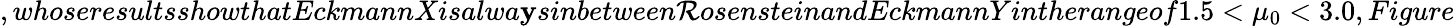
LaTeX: ,whoseresultsshowthatEckmannXisalwa\mathbf{y}sinbetween\mathcal{R}osensteinandEckmannYintherangeof1.5<\mu_{0}<3.0,Figure